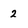
Character: 2